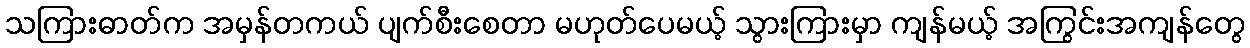
သကြားဓာတ်က အမှန်တကယ် ပျက်စီးစေတာ မဟုတ်ပေမယ့် သွားကြားမှာ ကျန်မယ့် အကြွင်းအကျန်တွေ